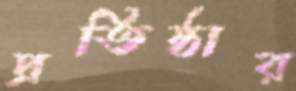
প্রতিষ্ঠার